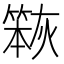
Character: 𮅹